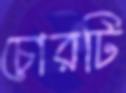
চোরটি